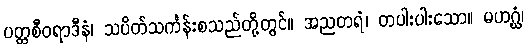
ပတ္တစီဝရာဒီနံ၊ သပိတ်သင်္ကန်းစသည်တို့တွင်။ အညတရံ၊ တပါးပါးသော။ မဟဂ္ဃံ၊